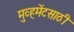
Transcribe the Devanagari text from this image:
मुव्हमेंटसाठी